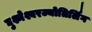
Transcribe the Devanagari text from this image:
घुश्मेश्वरज्योतिर्लिंग